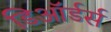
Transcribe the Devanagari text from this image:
डिऑर्डर्स